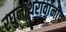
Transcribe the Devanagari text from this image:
रघुनाथरावांनीच